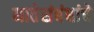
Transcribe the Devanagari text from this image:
नातेसंबंधांचे